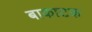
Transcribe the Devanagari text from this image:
बाकाटक